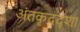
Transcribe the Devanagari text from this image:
अंतकृदद्शा